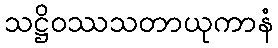
သဋ္ဌိဝဿသတာယုကာနံ